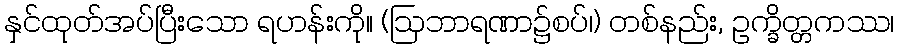
နှင်ထုတ်အပ်ပြီးသော ရဟန်းကို။ (ဩဘာရဏာ၌စပ်၊) တစ်နည်း, ဥက္ခိတ္တကဿ၊